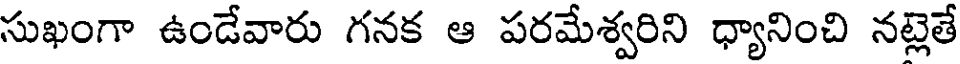
సుఖంగా ఉండేవారు గనక ఆ పరమేశ్వరిని ధ్యానించి నట్లెతే